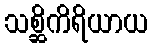
သစ္ဆိကိရိယာယ